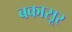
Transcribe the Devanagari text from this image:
बकासूर